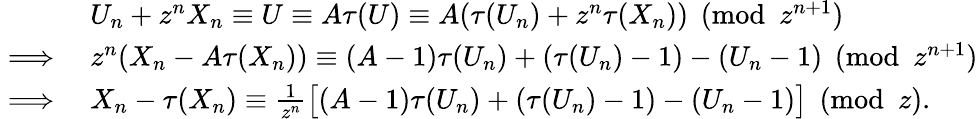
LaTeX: \begin{array}{rl}&{U_{n}+z^{n}X_{n}\equiv U\equiv A\tau(U)\equiv A(\tau(U_{n})+z^{n}\tau(X_{n}))\pmod{z^{n+1}}}\\ {\implies}&{z^{n}(X_{n}-A\tau(X_{n}))\equiv(A-1)\tau(U_{n})+(\tau(U_{n})-1)-(U_{n}-1)\pmod{z^{n+1}}}\\ {\implies}&{X_{n}-\tau(X_{n})\equiv\textstyle\frac 1{z^{n}}\big[(A-1)\tau(U_{n})+(\tau(U_{n})-1)-(U_{n}-1)\big]\pmod{z}.}\end{array}